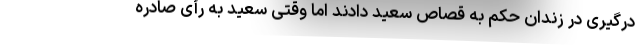
درگیری در زندان حکم به قصاص سعید دادند اما وقتی سعید به رأی صادره